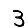
Digit: 3